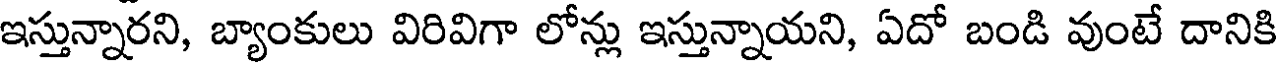
ఇస్తున్నారని, బ్యాంకులు విరివిగా లోన్లు ఇస్తున్నాయని, ఏదో బండి వుంటే దానికి